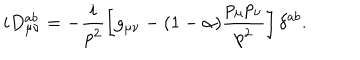
i D _ { \mu \nu } ^ { a b } = - \frac i { p ^ { 2 } } \left[ g _ { \mu \nu } - ( 1 - \alpha ) \frac { p _ { \mu } p _ { \nu } } { p ^ { 2 } } \right] \delta ^ { a b } .